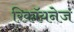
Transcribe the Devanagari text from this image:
रिकॉयनेज